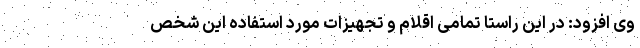
وی افزود: در این راستا تمامی اقلام و تجهیزات مورد استفاده این شخص